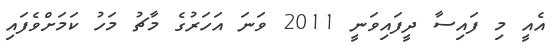
އެއީ މި ފައިސާ ދީފައިވަނީ 2011 ވަނަ އަހަރުގެ މާޗު މަހު ކަމަށްވެފައި